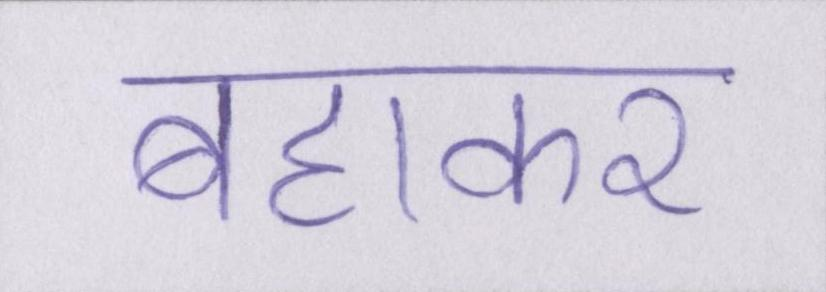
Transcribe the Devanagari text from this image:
बहाकर